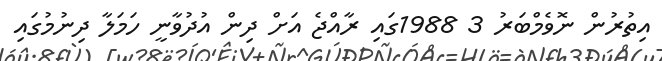
އިތުރުން ނޮވެމްބަރު 3 1988ގައި ރާއްޖެ އަށް ދިން އުދުވާނީ ހަމަލާ ދިނުމުގައި